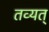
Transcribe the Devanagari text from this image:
तव्यत्